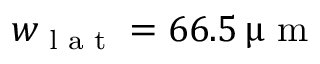
w _ { \textrm { l a t } } = 6 6 . 5 \ensuremath { \, \upmu \mathrm { ~ m ~ } }